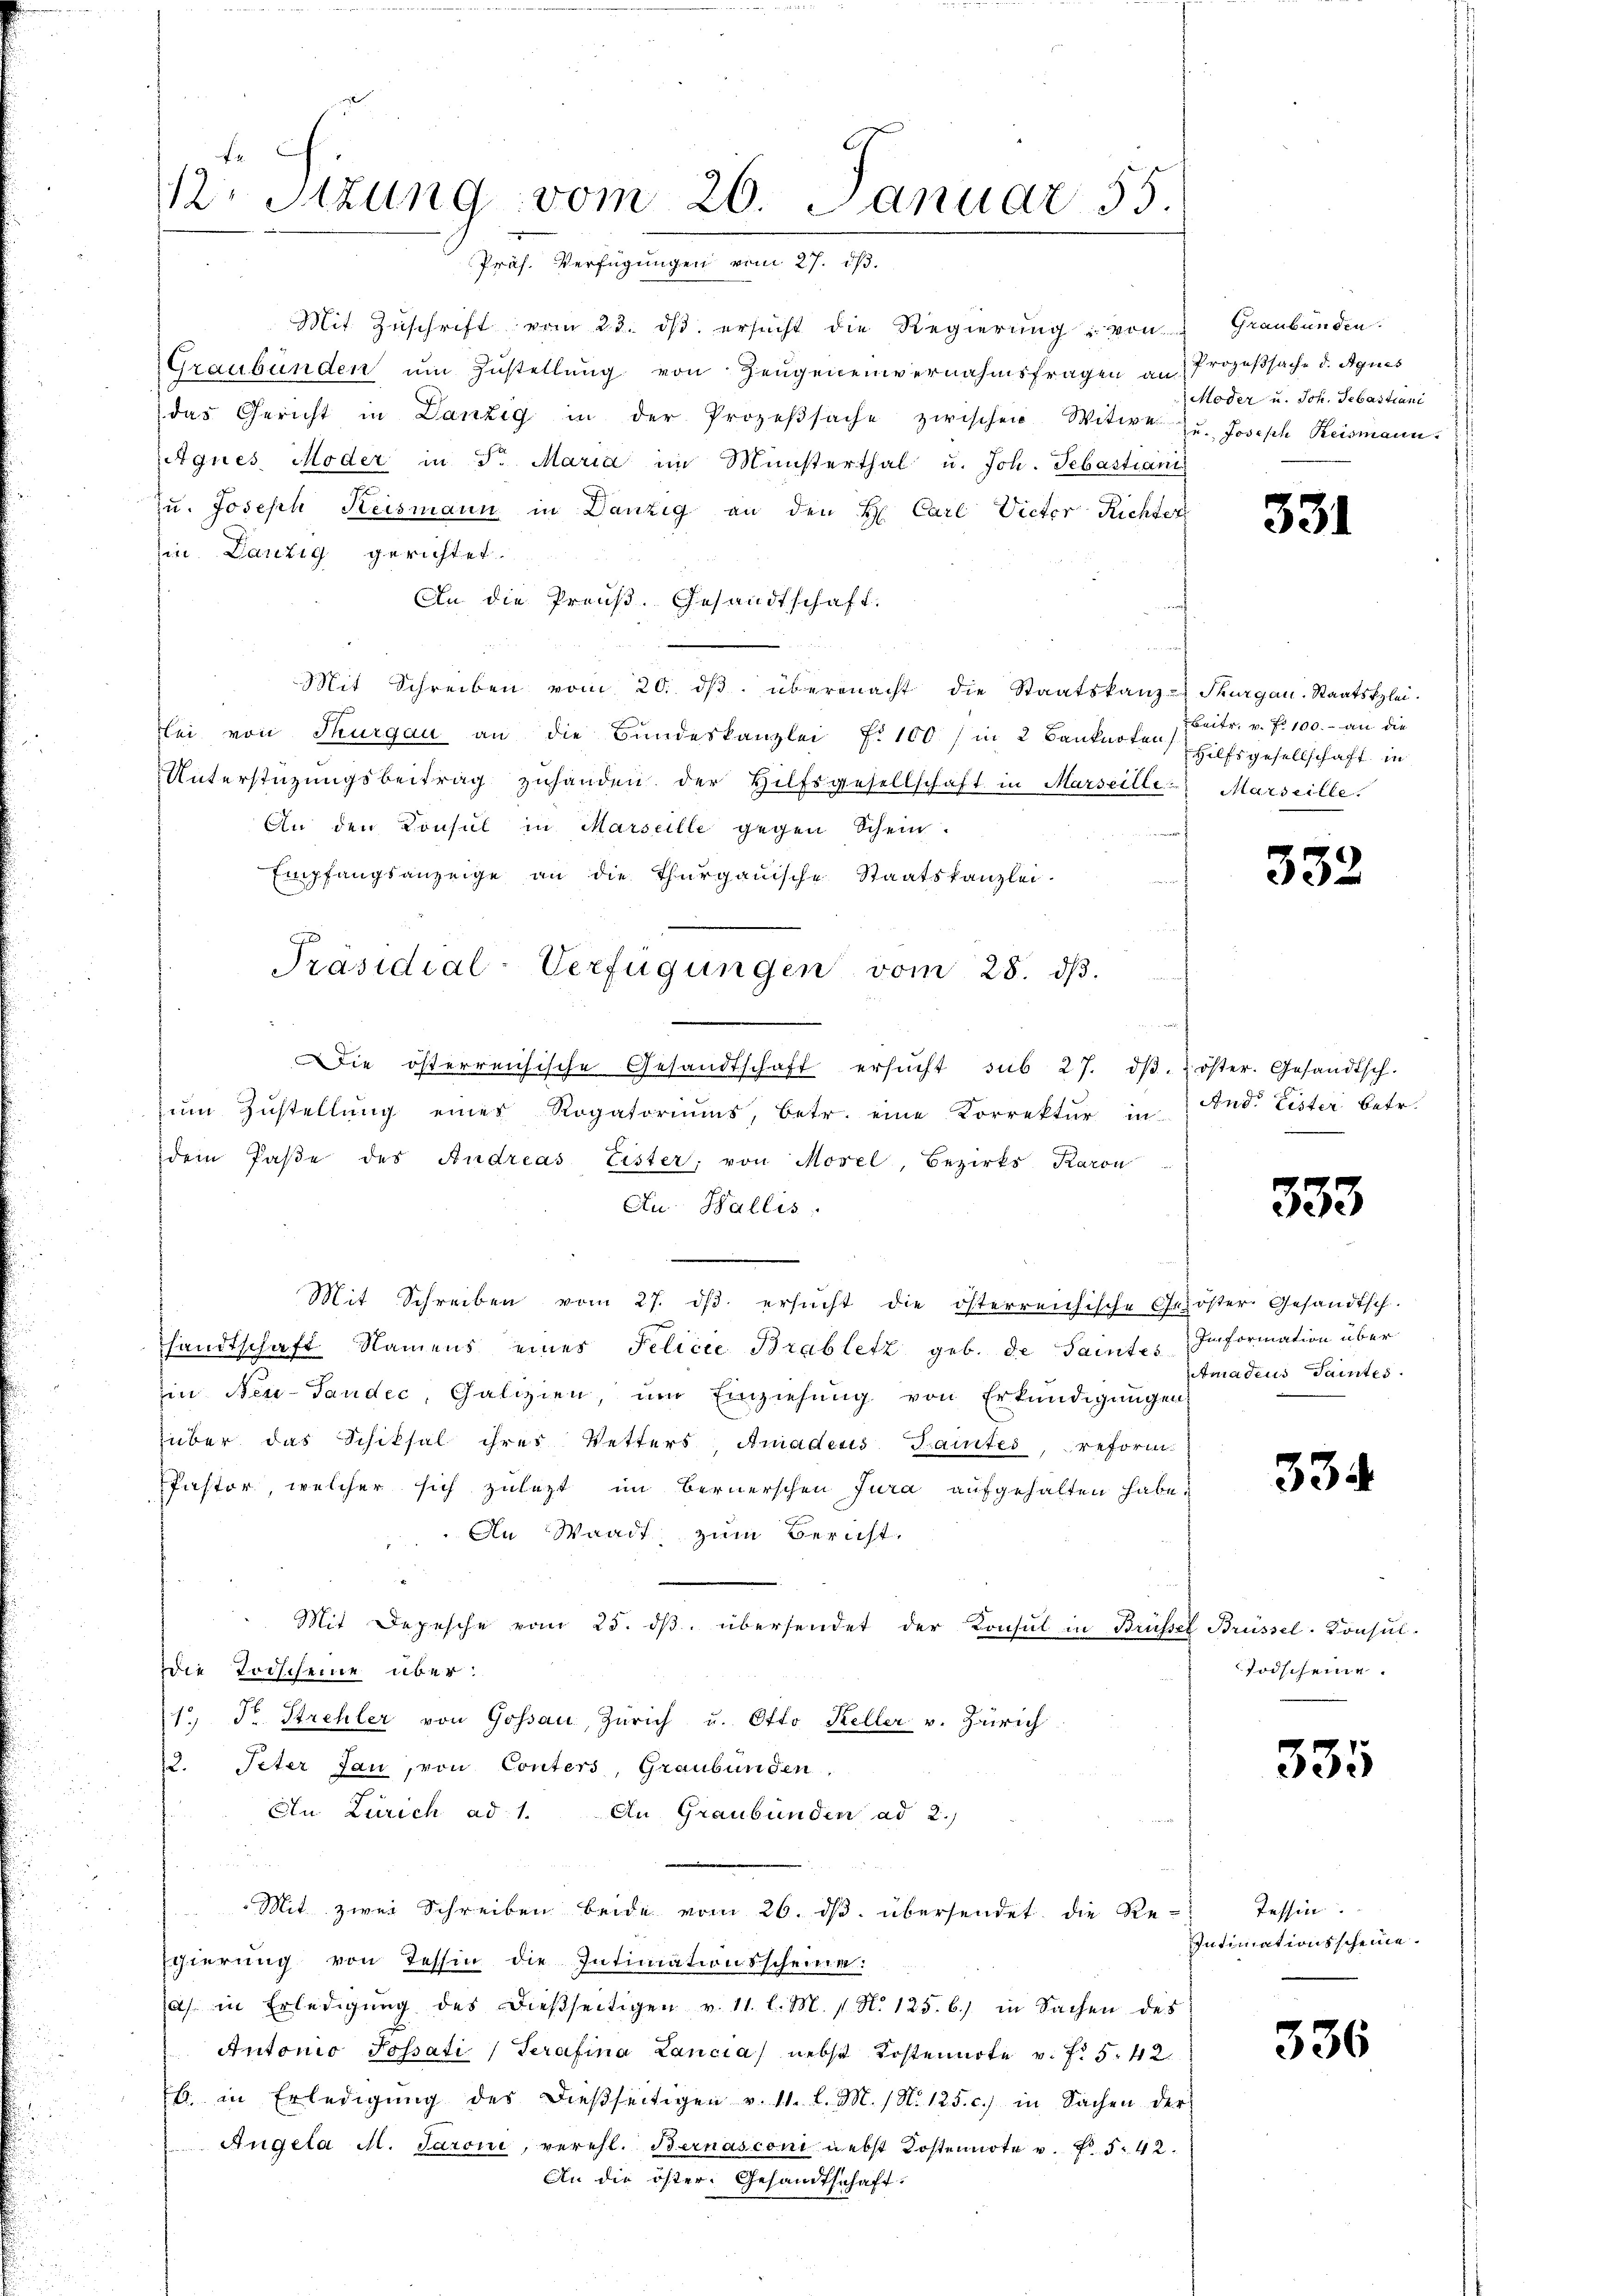
Mit Zuschrift vom 23. ds. ersucht die Regierung von
Graubünden um Zustellung von Zeugeneinvernahmsfragen an Prozeßsache d. Agnes
das Gericht in Danzig in der Prozeβsache zwischen Witwe zu. Joseph Reismann.
Agnes Moder in Fr. Maria im Ministerthal u. Joh. Sebastiani
u. Joseph Keismann in Danzig an den H. Carl Victor Richter
hin Lanzig gerichtet.
An die Preuß. Gesandtschaft.
Mit Schreiben vom 20. dβ übermacht die Staatskanz-Thurgau. Staatsklei-
bei von Thurgau an die Bundeskanzlei No 100 / in 2 Banknoten
Unterstüzungsbeitrag zŭhanden der Hilfsgesellschaft in Marseille Marseille.
An den Consul in Marseille gegen Schein.
Empfangsanzeige an die Thurgauische Staatskanzlei-
e
Die österreichische Gesandtschaft ersŭcht sub 27. dβ. öster. Gesandtsch.
zŭm Zŭstellŭng einer Rogatoriŭms, betr. eine Korrektur in And. Lister betr.
dem Paße des Andreas Eister, von Morel, Bezirks Karon
Au Wallis.
Mit Schreiben vom 27. dβ ersŭcht die österreichische Gelöster Gesandtsch.
handtschaft Namens eines Felicie Brabletz geb. de Saintes Information über
in Neu-Sandec, Galizien, um Einziehung von Erkundigungen
über das Schiksal ihres Vetters, Amadeus Tantes, reform
Pastor, welcher sich zulezt im Bernerschen Jura aufgehalten habe;
An Waadt zum Bericht.
" Mit Depesche vom 25. dβ übersendet der Konsul in Brüssef Brüssel-Konsul-
Die Torscheine über:
1 Fr. Strehler von Gossau, Zürich u. Otto Keller v. Zürich
3. Peter Jan, von Conters, Graubünden,
Ein Zürich ad 1. An Graubünden ad 2.)
Mit zwei Schreiben beide vom 26. ds. übersendet die Re-
Egierung von Tessin die Intimationsscheine:
a in Erledigŭng des dießseitigen v. 11. l. M. 1. N. 125. 6) in Sachen des
Antonio Possati, Serafina Lancia nebst Kostennote v. f. 542.
b. in Erledigŭng des dieβseitigen v. 11. l. M. (N. 125. c.) in Sachen der
Angela M. Parow, verehl. Bernasconi nebst Kostennote v. Fr. 542.
An die öster. Gesandtschaft.

.
12. Sitzung vom 26. Januar 55.
Präs. Verfügungen vom 27. dβ.

Präsidial-Verfügungen vom 28. dβ.

Graubünden.
Moder u. Joh. Sebastiani

331

Beitr. v. fr. 100. an die
Hilfsgesellschaft in

333.

333

Amadeus Tantes.

334

Todscheine

535

Tessin
Intimationsscheine.

336